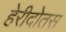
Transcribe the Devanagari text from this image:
हेरीदोतस